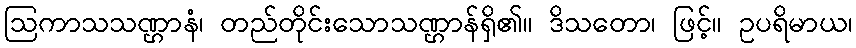
ဩကာသသဏ္ဌာနံ၊ တည်တိုင်းသောသဏ္ဌာန်ရှိ၏။ ဒိသတော၊ ဖြင့်။ ဥပရိမာယ၊